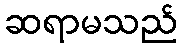
ဆရာမသည်